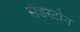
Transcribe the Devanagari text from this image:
सँडस्टोन